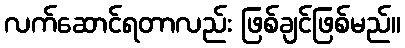
လက်ဆောင်ရတာလည်း ဖြစ်ချင်ဖြစ်မည်။